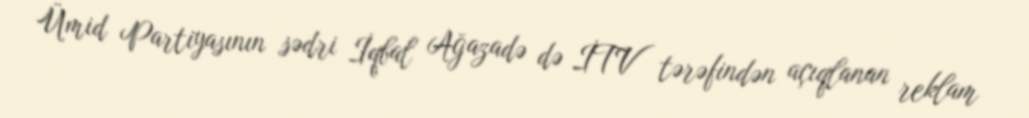
Ümid Partiyasının sədri İqbal Ağazadə də İTV tərəfindən açıqlanan reklam